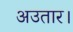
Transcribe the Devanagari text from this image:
अउतार।